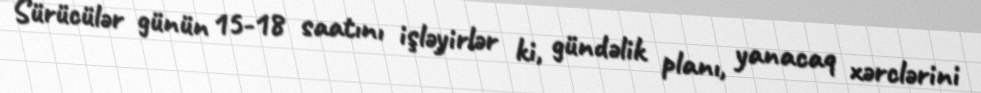
Sürücülər günün 15-18 saatını işləyirlər ki, gündəlik planı, yanacaq xərclərini